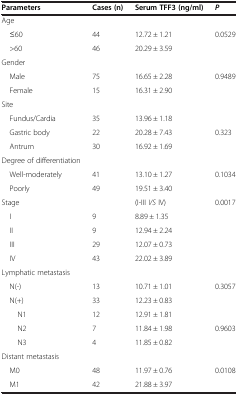
<table><thead><tr><td><b>Parameters</b></td><td><b>Cases (n)</b></td><td><b>Serum TFF3 (ng/ml)</b></td><td><b><i>P</i></b></td></tr></thead><tbody><tr><td>Age</td><td> </td><td> </td><td> </td></tr><tr><td> ≤60</td><td>44</td><td>12.72 ± 1.21</td><td>0.0529</td></tr><tr><td> &gt;60</td><td>46</td><td>20.29 ± 3.59</td><td> </td></tr><tr><td>Gender</td><td> </td><td> </td><td> </td></tr><tr><td> Male</td><td>75</td><td>16.65 ± 2.28</td><td>0.9489</td></tr><tr><td> Female</td><td>15</td><td>16.31 ± 2.90</td><td> </td></tr><tr><td>Site</td><td> </td><td> </td><td> </td></tr><tr><td> Fundus/Cardia</td><td>35</td><td>13.96 ± 1.18</td><td> </td></tr><tr><td> Gastric body</td><td>22</td><td>20.28 ± 7.43</td><td>0.323</td></tr><tr><td> Antrum</td><td>30</td><td>16.92 ± 1.69</td><td> </td></tr><tr><td>Degree of differentiation</td><td> </td><td> </td><td> </td></tr><tr><td> Well-moderately</td><td>41</td><td>13.10 ± 1.27</td><td>0.1034</td></tr><tr><td> Poorly</td><td>49</td><td>19.51 ± 3.40</td><td> </td></tr><tr><td>Stage</td><td> </td><td>(I-III <i>VS</i> IV)</td><td>0.0017</td></tr><tr><td> I</td><td>9</td><td>8.89 ± 1.35</td><td> </td></tr><tr><td> II</td><td>9</td><td>12.94 ± 2.24</td><td> </td></tr><tr><td> III</td><td>29</td><td>12.07 ± 0.73</td><td> </td></tr><tr><td> IV</td><td>43</td><td>22.02 ± 3.89</td><td> </td></tr><tr><td>Lymphatic metastasis</td><td> </td><td> </td><td> </td></tr><tr><td> N(-)</td><td>13</td><td>10.71 ± 1.01</td><td>0.3057</td></tr><tr><td> N(+)</td><td>33</td><td>12.23 ± 0.83</td><td> </td></tr><tr><td>N1</td><td>12</td><td>12.91 ± 1.81</td><td> </td></tr><tr><td>N2</td><td>7</td><td>11.84 ± 1.98</td><td>0.9603</td></tr><tr><td>N3</td><td>4</td><td>11.85 ± 0.82</td><td> </td></tr><tr><td>Distant metastasis</td><td> </td><td> </td><td> </td></tr><tr><td> M0</td><td>48</td><td>11.97 ± 0.76</td><td>0.0108</td></tr><tr><td> M1</td><td>42</td><td>21.88 ± 3.97</td><td> </td></tr></tbody></table>